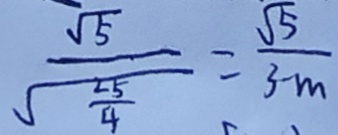
\frac { \sqrt { 5 } } { \sqrt { \frac { 2 5 } { 4 } } } = \frac { \sqrt { 5 } } { 3 - m }